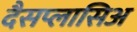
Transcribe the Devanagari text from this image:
दैसप्लासिअ